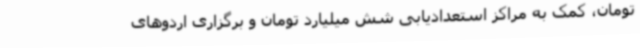
تومان، کمک به مراکز استعدادیابی شش میلیارد تومان و برگزاری اردوهای